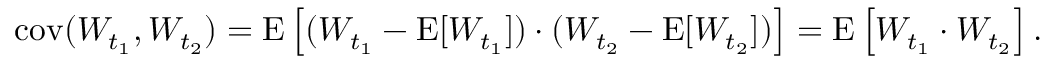
\operatorname { c o v } ( W _ { t _ { 1 } } , W _ { t _ { 2 } } ) = \operatorname { E } \left[ ( W _ { t _ { 1 } } - \operatorname { E } [ W _ { t _ { 1 } } ] ) \cdot ( W _ { t _ { 2 } } - \operatorname { E } [ W _ { t _ { 2 } } ] ) \right] = \operatorname { E } \left[ W _ { t _ { 1 } } \cdot W _ { t _ { 2 } } \right] .